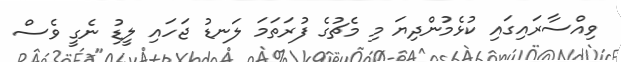
ވިއްސާރައިގައި ކުޅެމުންދިޔަ މި މެޗުގެ ފުރަތަމަ ލަނޑު ޖަހައި ލީޑު ނެގީ ވެސް